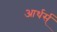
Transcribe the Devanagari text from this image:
आर्थर्स्